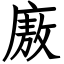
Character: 廒